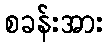
စခန်းအား